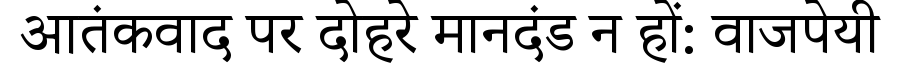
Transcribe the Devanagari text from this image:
आतंकवाद पर दोहरे मानदंड न हों: वाजपेयी